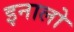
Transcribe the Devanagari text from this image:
इनालो